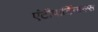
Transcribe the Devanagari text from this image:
एंटीपार्टिकल्स